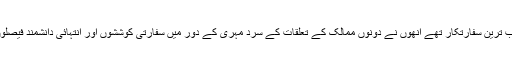
چاوش اولو نے کہا کہ کارلوف کامیاب ترین سفارتکار تھے انھوں نے دونوں ممالک کے تعلقات کے سرد مہری کے دور میں سفارتی کوششوں اور انتہائی دانشمند فیصلوں کیساتھ ان تعلقات کو بہتر بنایا ہے ۔